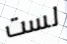
لست